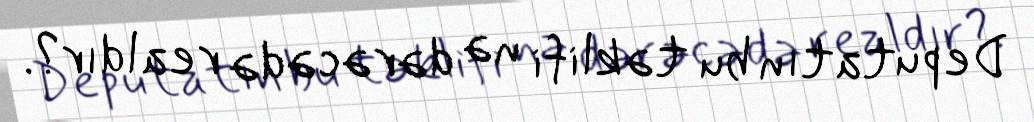
Deputatın bu təklifi nə dərəcədə realdır?.